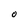
Character: O